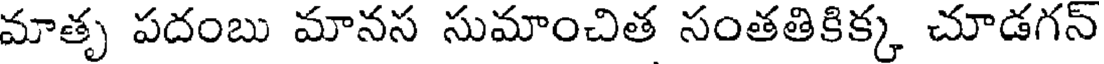
మాతృ పదంబు మానస సుమాంచిత సంతతికిక్క చూడగన్